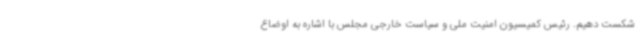
شکست دهیم. رئیس کمیسیون امنیت ملی و سیاست خارجی مجلس با اشاره به اوضاع